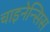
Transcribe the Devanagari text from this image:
चाइनेन्सिस